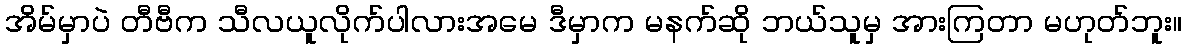
အိမ်မှာပဲ တီဗီက သီလယူလိုက်ပါလားအမေ ဒီမှာက မနက်ဆို ဘယ်သူမှ အားကြတာ မဟုတ်ဘူး။